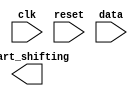
// Build a finite-state machine that searches for the sequence 1101 in an input bit stream. When the sequence is found, it should set start_shifting to 1, forever, until reset. Getting stuck in the final state is intended to model going to other states in a bigger FSM that is not yet implemented. We will be extending this FSM in the next few exercises.

module top_module (
    input clk,
    input reset,      // Synchronous reset
    input data,
    output start_shifting);

    // Insert your code here

endmodule